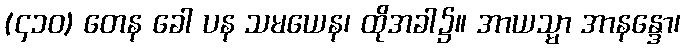
(၄၁၀) တေန ခေါ ပန သမယေန၊ ထိုအခါ၌။ အာယသ္မာ အာနန္ဒော၊